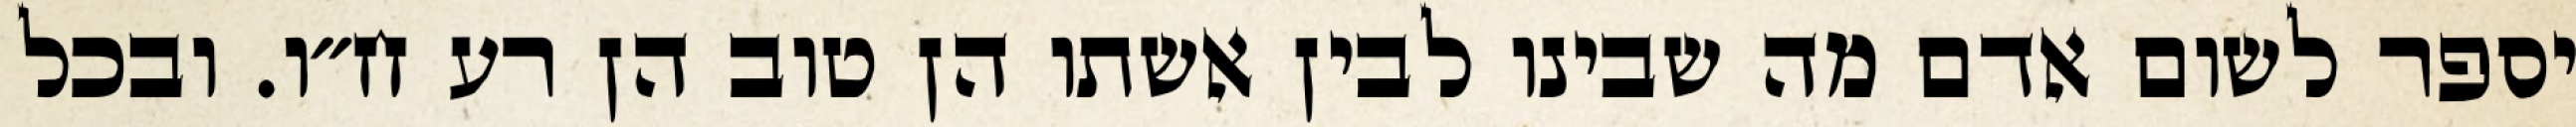
יספר לשום אדם מה שבינו לבין אשתו הן טוב הן רע ח״ו. ובכל